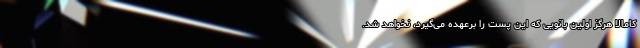
کامالا هرگز اولین بانویی که این پست را برعهده می‌گیرد، نخواهد شد.